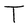
Character: T